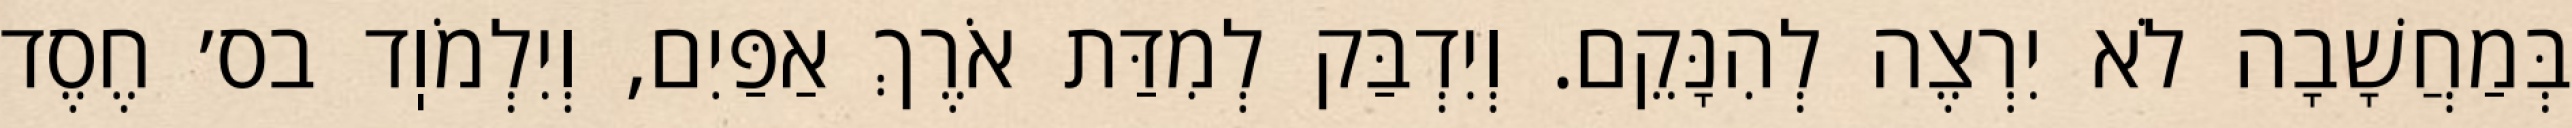
בְּמַחֲשָׁבָה לֹא יִרְצֶה לְהִנָּקֵם. וְיִדְבַּק לְמִדַּת אֹרֶךְ אַפַּיִם, וְיִלְמֹוֽד בס׳ חֶסֶד